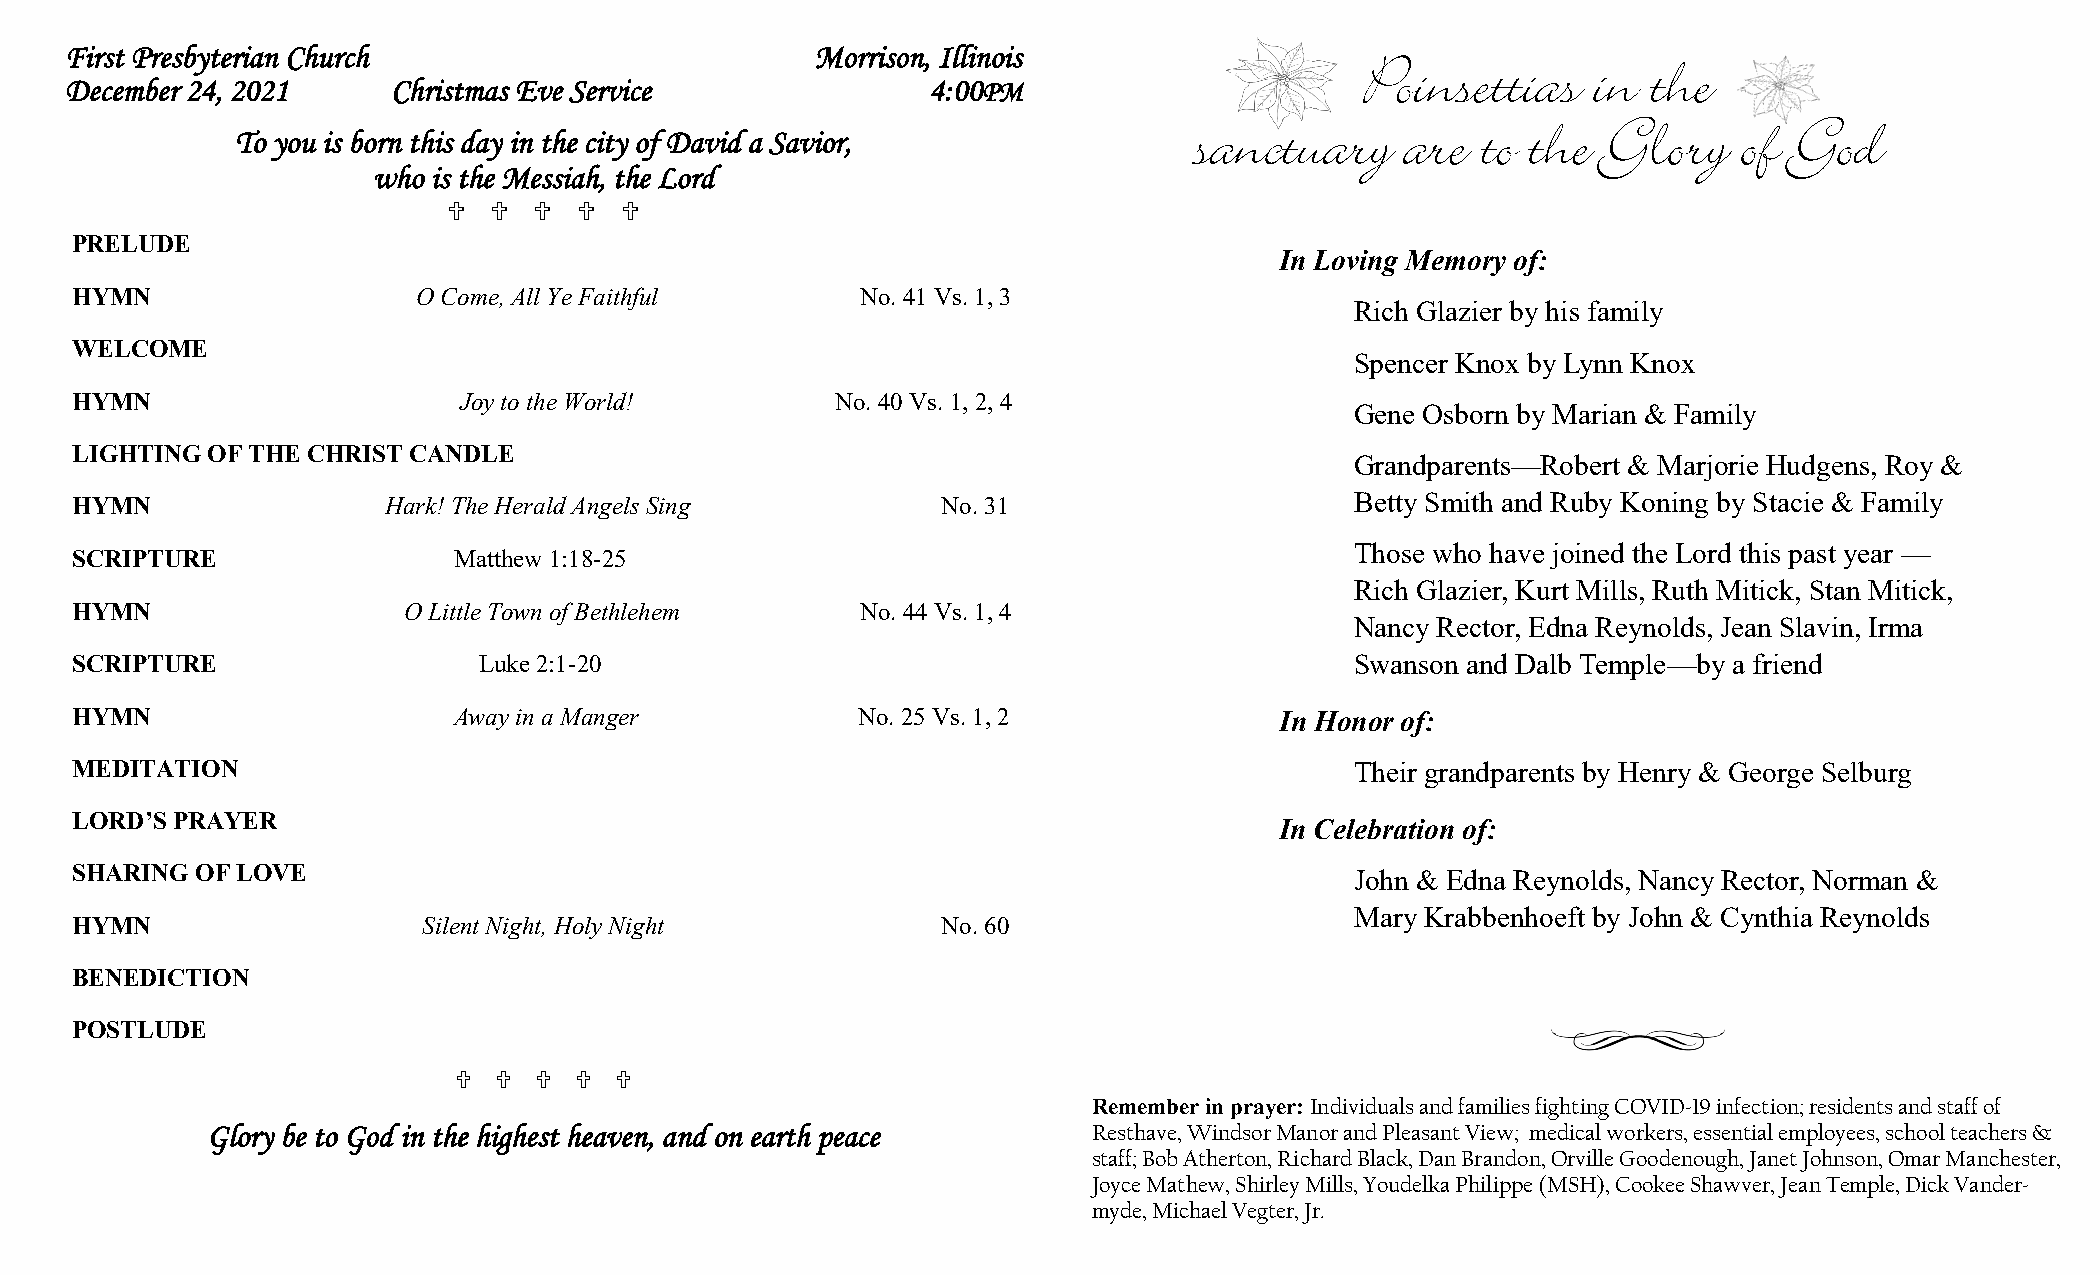
First Presbyterian Church                         Morrison, Illinois
 Poinsettias    in  the
 December 24, 2021     Christmas Eve Service               4:00PM
 sanctuary     are  to the  Glory    of  God
 To you is born this day in the city of David a Savior,
 who is the Messiah, the Lord
        
 PRELUDE
 In Loving Memory of:
 HYMN                   O Come, All Ye Faithful      No. 41 Vs. 1, 3
 Rich Glazier by his family
 WELCOME
 Spencer Knox by Lynn Knox
 HYMN                     Joy to the World!        No. 40 Vs. 1, 2, 4
 Gene Osborn by Marian & Family
 LIGHTING OF THE CHRIST CANDLE
 Grandparents—Robert & Marjorie Hudgens, Roy &
 HYMN                Hark! The Herald Angels Sing         No. 31                      Betty Smith and Ruby Koning by Stacie & Family
 Those who have joined the Lord this past year —
 SCRIPTURE                Matthew 1:18-25
 Rich Glazier, Kurt Mills, Ruth Mitick, Stan Mitick,
 HYMN                  O Little Town of Bethlehem    No. 44 Vs. 1, 4
 Nancy Rector, Edna Reynolds, Jean Slavin, Irma
 SCRIPTURE                  Luke 2:1-20                                               Swanson and Dalb Temple—by a friend
 HYMN                     Away in a Manger           No. 25 Vs. 1, 2             In Honor of:
 MEDITATION                                                                           Their grandparents by Henry & George Selburg
 LORD’S PRAYER
 In Celebration of:
 SHARING OF LOVE                                                                      John & Edna Reynolds, Nancy Rector, Norman &
 Mary Krabbenhoeft by John & Cynthia Reynolds
 HYMN                   Silent Night, Holy Night          No. 60
 BENEDICTION
 POSTLUDE
        
 Remember in prayer: Individuals and families fighting COVID-19 infection; residents and staff of
 Glory be to God in the highest heaven, and on earth peace Resthave, Windsor Manor and Pleasant View; medical workers, essential employees, school teachers &
 staff; Bob Atherton, Richard Black, Dan Brandon, Orville Goodenough, Janet Johnson, Omar Manchester,
 Joyce Mathew, Shirley Mills, Youdelka Philippe (MSH), Cookee Shawver, Jean Temple, Dick Vander-
 myde, Michael Vegter, Jr.